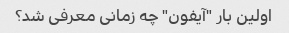
اولین بار "آیفون" چه زمانی معرفی شد؟